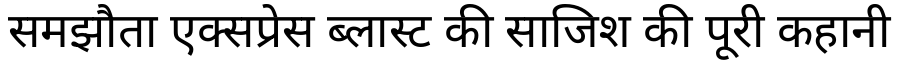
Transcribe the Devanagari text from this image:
समझौता एक्सप्रेस ब्लास्ट की साजिश की पूरी कहानी